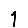
Digit: 1